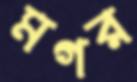
মগর